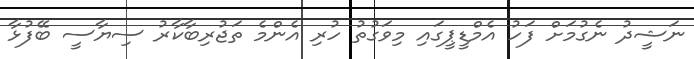
ނަޝީދު ނެގުމަށް ފަހު އެމްޑީޕީގައި މިވަގުތު ހުރި އެންމެ ތަޖުރިބާކާރު ސިޔާސީ ބޭފުޅާ